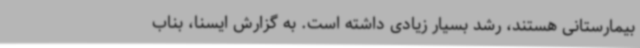
بیمارستانی هستند، رشد بسیار زیادی داشته است. به گزارش ایسنا، بناب